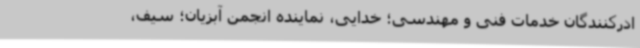
ادرکنندگان خدمات فنی و مهندسی؛ خدایی، نماینده انجمن آبزیان؛ سیف،